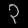
Digit: ၃